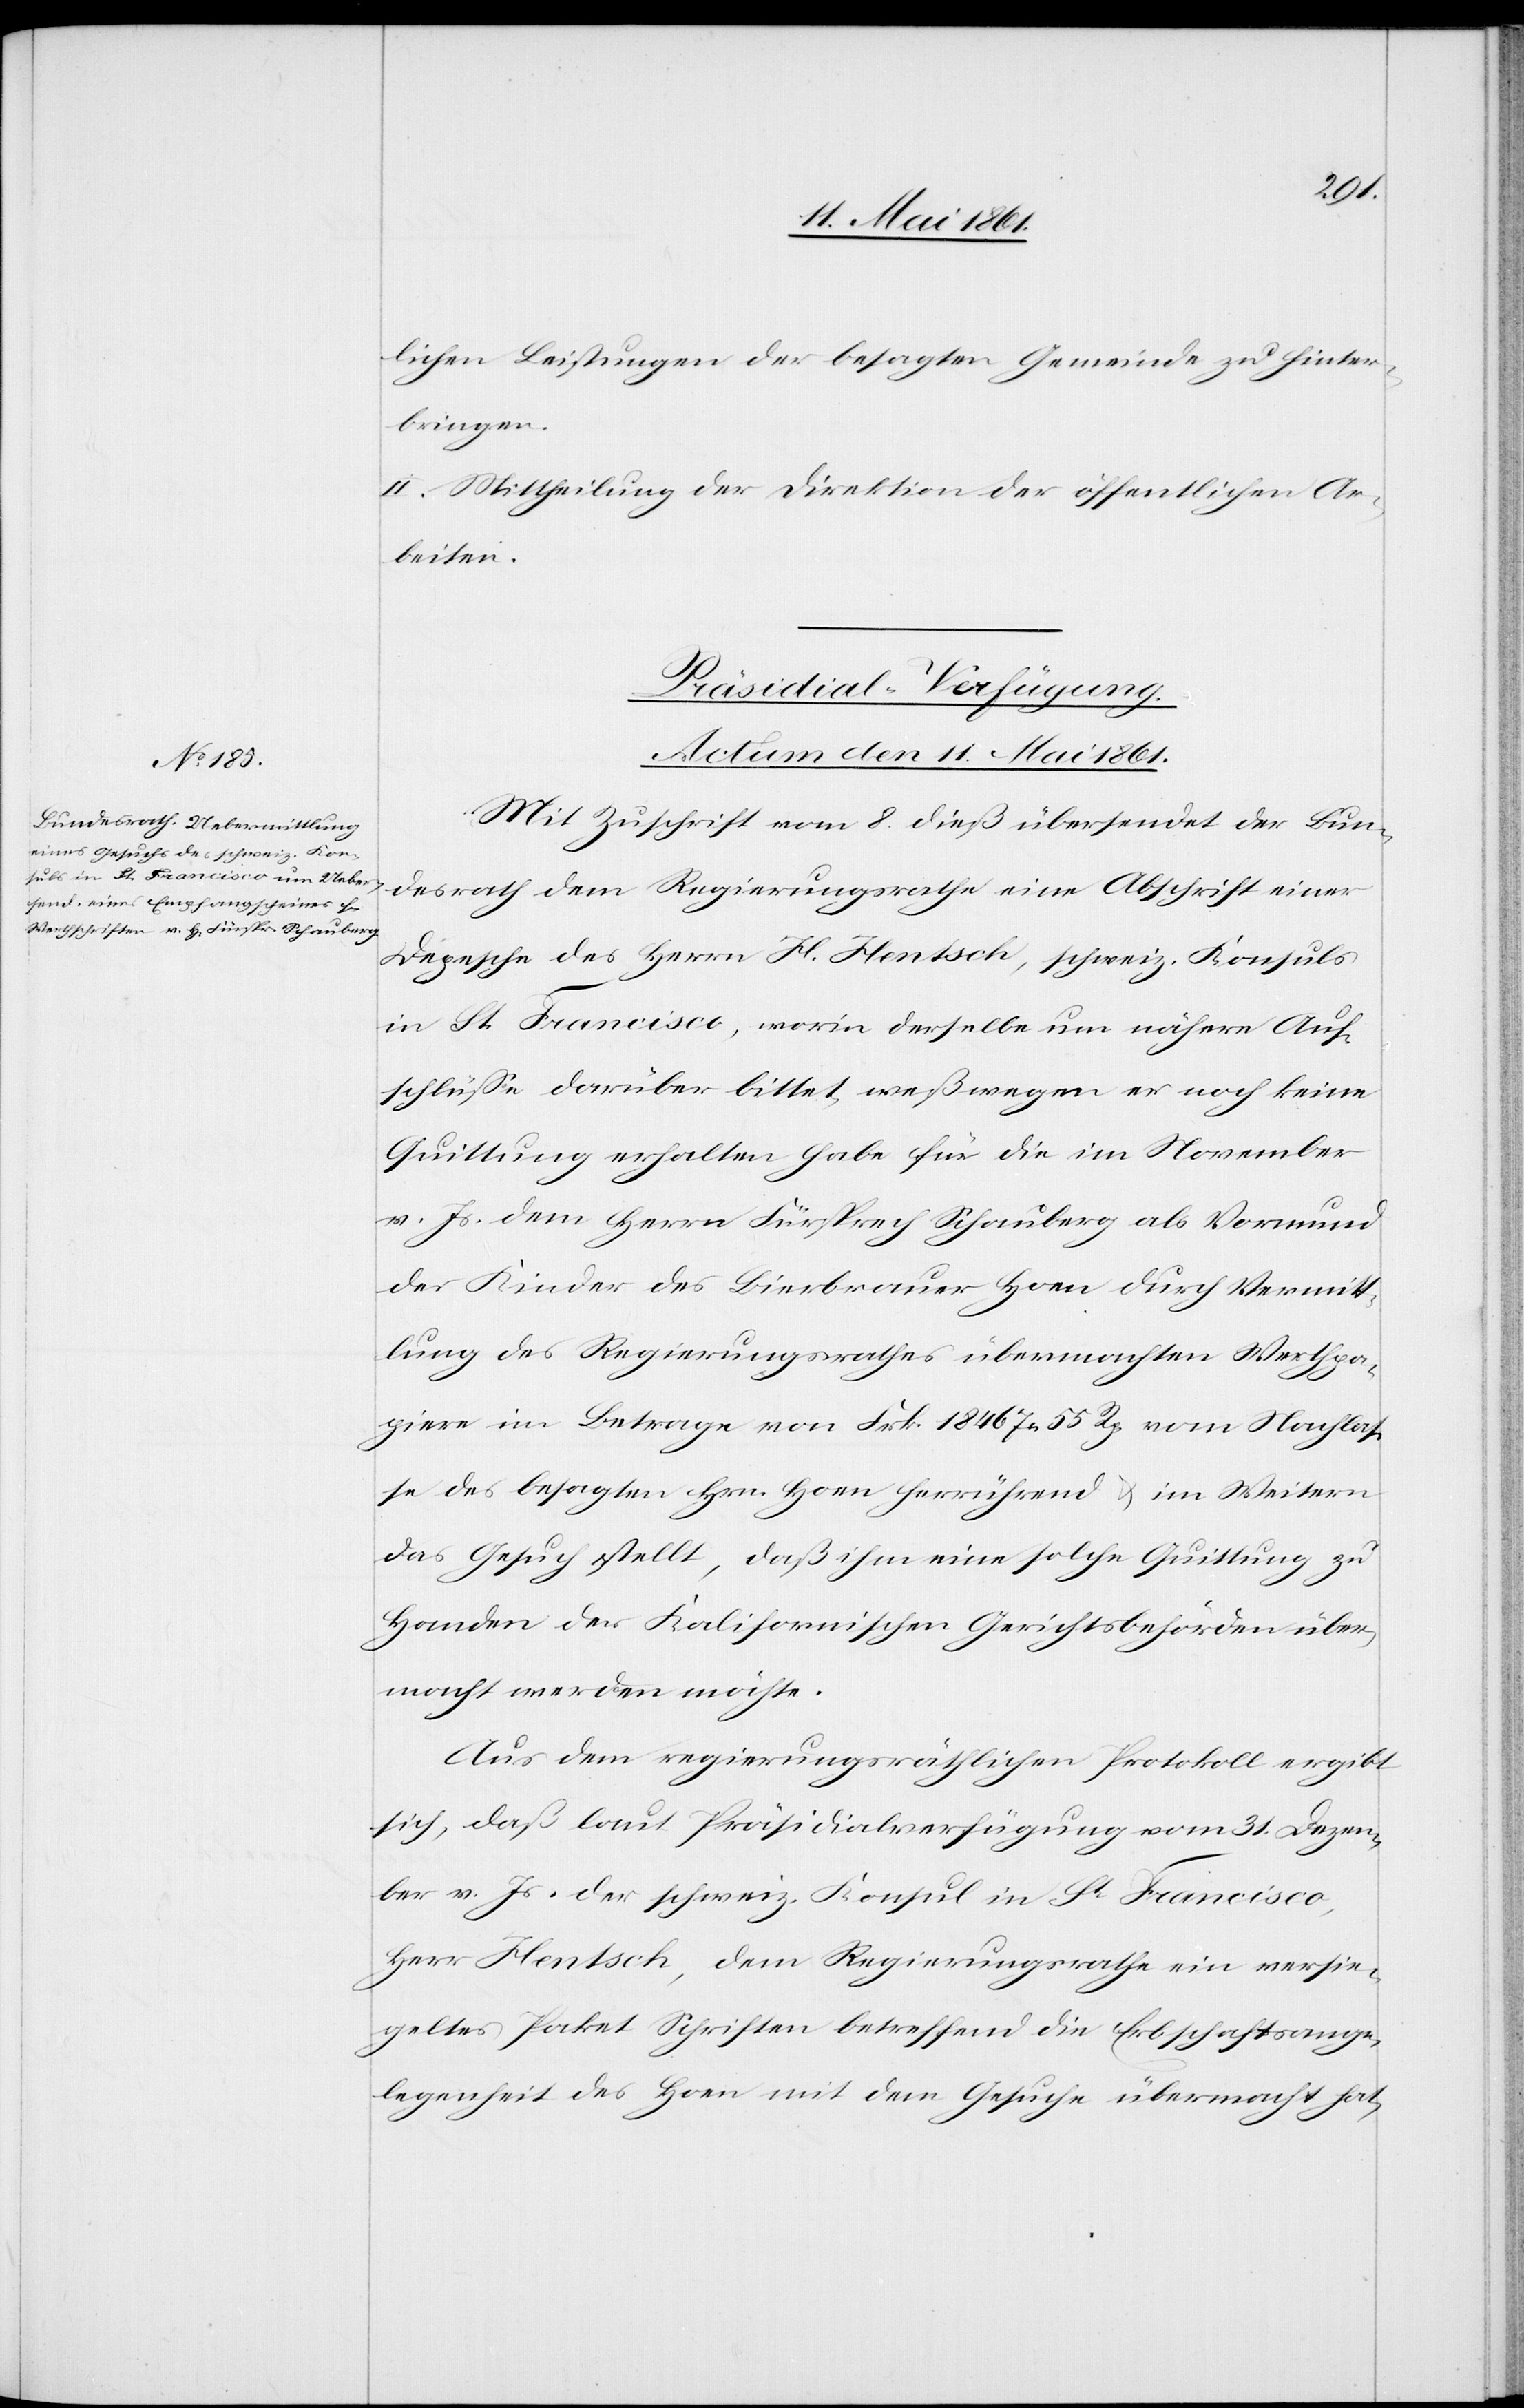
lichen Leistungen der besagten Gemeinde zu hinter¬
bringen.
II. Mittheilung der Direktion der öffentlichen Ar¬
beiten.
Präsidial-Verfügung.
Actum den 11. Mai 1861.
Mit Zuschrift vom 8. dieß übersendet der Bun¬
desrath dem Regierungsrathe eine Abschrift einer
Depesche des Herrn H. Hentsch, schweiz. Konsuls
in St. Francisco, worin derselbe um nähere Auf¬
schlüsse darüber bittet, weßwegen er noch keine
Quittung erhalten habe für die im November
v. Js. dem Herrn Fürsprech Schauberg als Vormund
der Kinder des Bierbrauer Hoen durch Vermitt¬
lung des Regierungsrathes übermachten Werthpa¬
piere im Betrage von Frk. 18 467 55 Rp. vom Nachlas¬
se des besagten Hrn. Hoen herrührend u. im Weitern
das Gesuch stellt, daß ihm eine solche Quittung zu
Handen der Kalifornischen Gerichtsbehörden über¬
macht werden möchte.
Aus dem regierungsräthlichen Protokoll ergibt
sich, daß laut Präsidialverfügung vom 31. Dezem¬
ber v. Js. der schweiz. Konsul in St. Francisco,
Herr Hentsch, dem Regierungsrathe ein versie¬
geltes Paket Schriften betreffend die Erbschaftsange¬
legenheit des Hoen mit dem Gesuche übermacht hat,